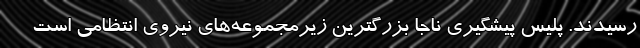
رسیدند. پلیس پیشگیری ناجا بزرگترین زیرمجموعه‌های نیروی انتظامی است